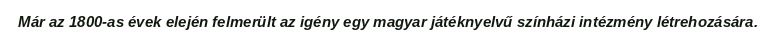
Már az 1800-as évek elején felmerült az igény egy magyar játéknyelvű színházi intézmény létrehozására.